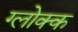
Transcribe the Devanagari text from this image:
ग्लोक्क